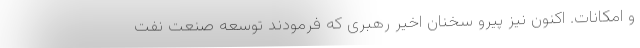
و امکانات. اکنون نیز پیرو سخنان اخیر رهبری که فرمودند توسعه صنعت نفت